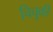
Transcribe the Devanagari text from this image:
चिचुकी